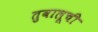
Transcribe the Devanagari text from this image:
तुवालूची